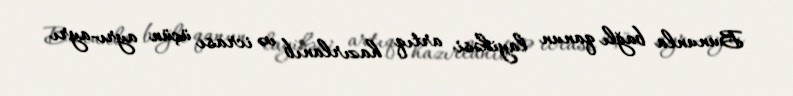
Bununla bağlı qanun layihəsi artıq hazırlanıb və icrası üçün ayrı-ayrı